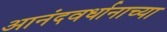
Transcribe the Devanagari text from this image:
आनंदवर्धानाच्या